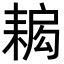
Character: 𦔁